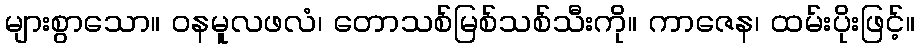
များစွာသော။ ဝနမူလဖလံ၊ တောသစ်မြစ်သစ်သီးကို။ ကာဇေန၊ ထမ်းပိုးဖြင့်။